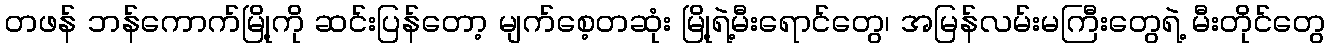
တဖန် ဘန်ကောက်မြို့ကို ဆင်းပြန်တော့ မျက်စေ့တဆုံး မြို့ရဲ့မီးရောင်တွေ၊ အမြန်လမ်းမကြီးတွေရဲ့ မီးတိုင်တွေ